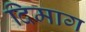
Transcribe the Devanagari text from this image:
दिमाग